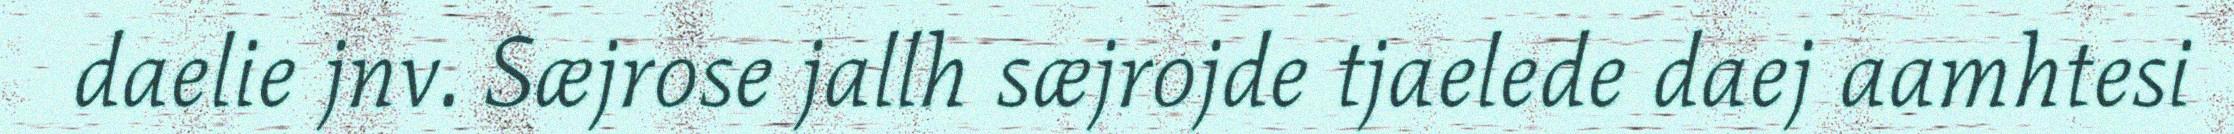
daelie jnv. Sæjrose jallh sæjrojde tjaelede daej aamhtesi